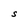
Character: S